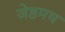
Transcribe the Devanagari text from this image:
जेष्ठमध